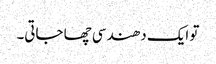
تو ایک دھندسی چھا جاتی۔